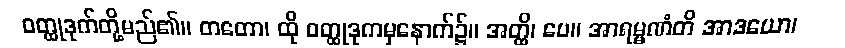
ဝတ္ထုဒုက်တို့မည်၏။ တတော၊ ထို ဝတ္ထုဒုကမှနောက်၌။ အတ္ထိ၊ ပေ။ အာရမ္မဏံတိ အာဒယော၊